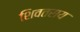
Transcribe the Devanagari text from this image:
शिवतराय